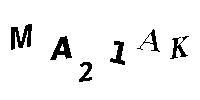
MA21AK